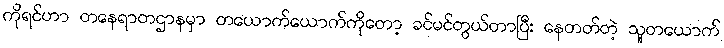
ကိုရင်ဟာ တနေရာတဌာနမှာ တယောက်ယောက်ကိုတော့ ခင်မင်တွယ်တာပြီး နေတတ်တဲ့ သူတယောက်